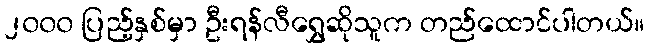
၂၀၀၀ ပြည့်နှစ်မှာ ဦးရန်လီရွှေဆိုသူက တည်ထောင်ပါတယ်။